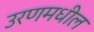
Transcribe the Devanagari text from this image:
उरणमधील